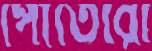
পোর্তেরো